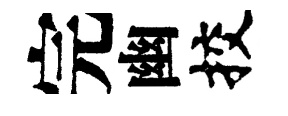
完幽挍